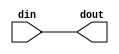
`timescale 1ps/1ps

module gate(dout,din);
parameter upper =0, lower = 0; // default width of output
input [upper:lower] din;
output wire [upper:lower] dout;

assign   dout[upper:lower] = din[upper:lower];

endmodule